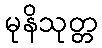
မုနိသုတ္တ